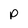
Character: p